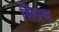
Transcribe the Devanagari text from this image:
सिप्रस